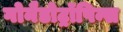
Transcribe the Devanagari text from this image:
गोनैडोट्रॉपिन्स